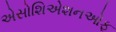
એસોશિએશનઓફ